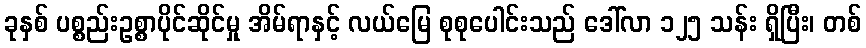
ခုနှစ် ပစ္စည်းဥစ္စာပိုင်ဆိုင်မှု အိမ်ရာနှင့် လယ်မြေ စုစုပေါင်းသည် ဒေါ်လာ ၁၂၅ သန်း ရှိပြီး၊ တစ်